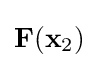
\mathbf {F} (\mathbf {x} _{\text{2}})